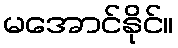
မအောင်နိုင်။